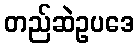
တည်ဆဲဥပဒေ